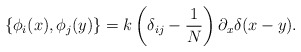
\begin{align*}\left\{ \phi _i(x),\phi _j(y)\right\} =k\left( \delta_{ij}-\frac{1}{N}\right) \partial _x\delta (x-y).\end{align*}